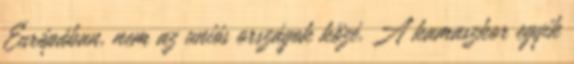
Európában, nem az uniós országok közé. A kamaszkor egyik